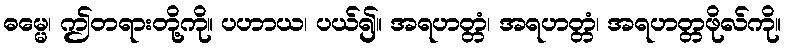
ဓမ္မေ၊ ဤတရားတို့ကို။ ပဟာယ၊ ပယ်၍။ အရဟတ္တံ၊ အရဟတ္တံ၊ အရဟတ္တဖိုလ်ကို။